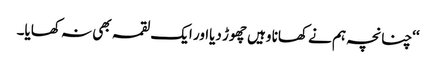
‘‘چنانچہ ہم نے کھانا وہیں چھوڑ دیااور ایک لقمہ بھی نہ کھایا۔